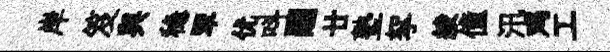
岸笈與稳翠优呌翮廿塾挐綾僮汛鸡工